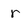
Character: r